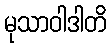
မုသာဝါဒါတိ